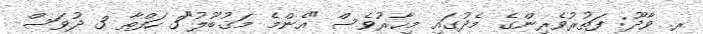
ރ. ވާދޫ: ފަތުރުވެރިންގެ މެދުގައި މިހާރުވެސް "އެންމެ މަޤުބޫލު"3 ހަފްތާ 3 ދުވަސް